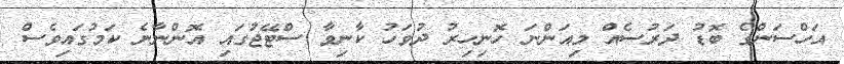
އަހްސަންގެ ބޮޑު ދަރުސެއް މިއަންނަ ހޮނިހިރު ދުވަހު ކާނިވާ ސްޓޭޖުގައި އޮންނާނެ ކަމުގައިވެސް